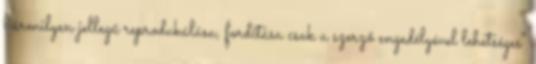
bármilyen jellegű reprodukálása, fordítása csak a szerző engedélyével lehetséges"